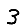
Digit: 3